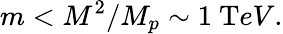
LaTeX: m<{M^{2}/M_{p}}\sim 1~{\mathrm{T}eV}.